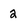
Character: 2